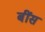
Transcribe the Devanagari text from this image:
बींस